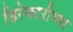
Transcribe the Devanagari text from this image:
डिरेक्टरीच्या